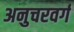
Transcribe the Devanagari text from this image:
अनुचरवर्ग